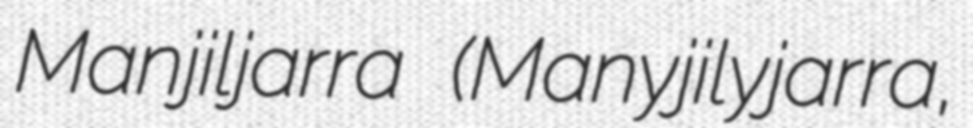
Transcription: Manjiljarra (Manyjilyjarra,